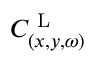
C _ { ( x , y , \omega ) } ^ { \textrm { L } }